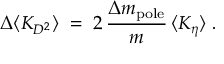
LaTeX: \Delta \langle { \cal K } _ { D ^ { 2 } } \rangle \; = \; 2 \, { \frac { \Delta m _ { \mathrm { p o l e } } } { m } } \, \langle { \cal K } _ { \eta } \rangle \; .